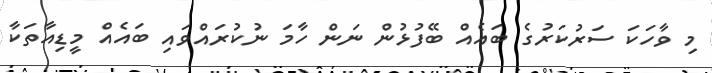
މި ވާހަކަ ސަރުކަރުގެ ބައެއް ބޭފުޅުން ނަން ހާމަ ނުކުރައްވައި ބައެއް މީޑިއާތަކާ